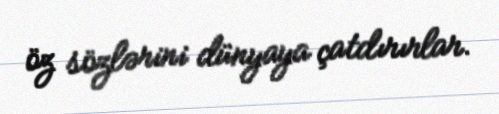
öz sözlərini dünyaya çatdırırlar.